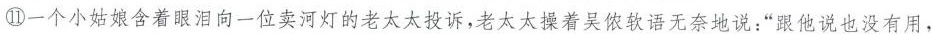
⑪一个小姑娘含着眼泪向一位卖河灯的老太太投诉，老太太操着吴侬软语无奈地说：“跟他说也没有用，